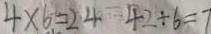
4 \times 6 = 2 4 4 2 \div 6 = 7